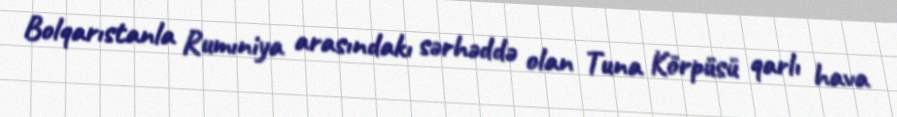
Bolqarıstanla Rumıniya arasındakı sərhəddə olan Tuna Körpüsü qarlı hava